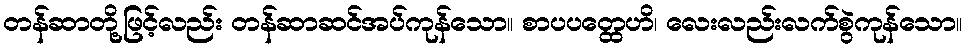
တန်ဆာတို့ဖြင့်လည်း တန်ဆာဆင်အပ်ကုန်သော။ စာပပတ္ထေဟိ၊ လေးလည်းလက်စွဲကုန်သော။